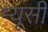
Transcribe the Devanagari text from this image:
म्यूसी